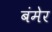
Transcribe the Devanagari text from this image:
बंमेर